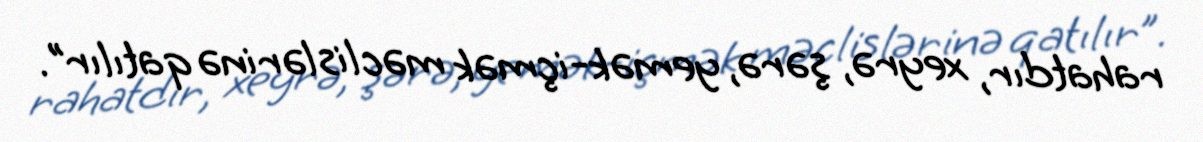
rahatdır, xeyrə, şərə, yemək-içmək məclislərinə qatılır”.